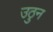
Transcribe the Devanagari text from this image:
उठुन